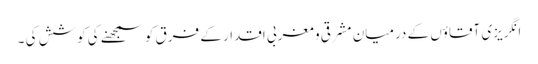
انگریزی آقاؤں کے درمیان مشرقی و مغربی اقدار کے فرق کو سمجھنے کی کوشش کی ۔